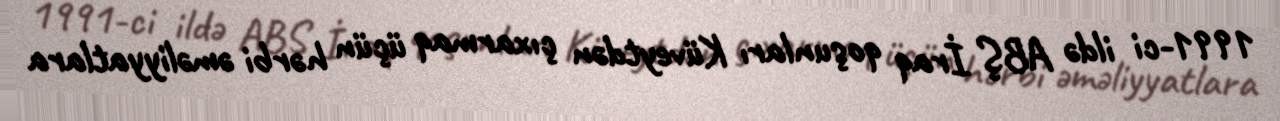
1991-ci ildə ABŞ İraq qoşunları Küveytdən çıxarmaq üçün hərbi əməliyyatlara